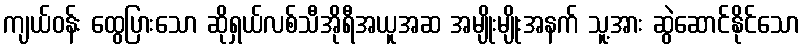
ကျယ်ဝန်း ထွေပြားသော ဆိုရှယ်လစ်သီအိုရီအယူအဆ အမျိုးမျိုးအနက် သူ့အား ဆွဲဆောင်နိုင်သော